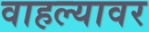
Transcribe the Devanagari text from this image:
वाहल्यावर